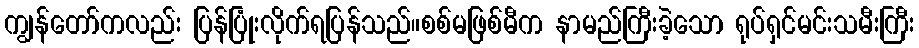
ကျွန်တော်ကလည်း ပြန်ပြုံးလိုက်ရပြန်သည်။စစ်မဖြစ်မီက နာမည်ကြီးခဲ့သော ရုပ်ရှင်မင်းသမီးကြီး